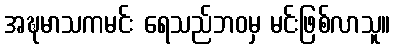
အဍ္ဎမာသကမင်း ရေသည်ဘဝမှ မင်းဖြစ်လာသူ။